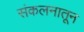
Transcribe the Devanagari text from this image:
संकलनातून